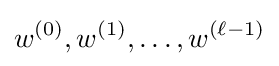
w^{(0)},w^{(1)},\ldots ,w^{(\ell -1)}